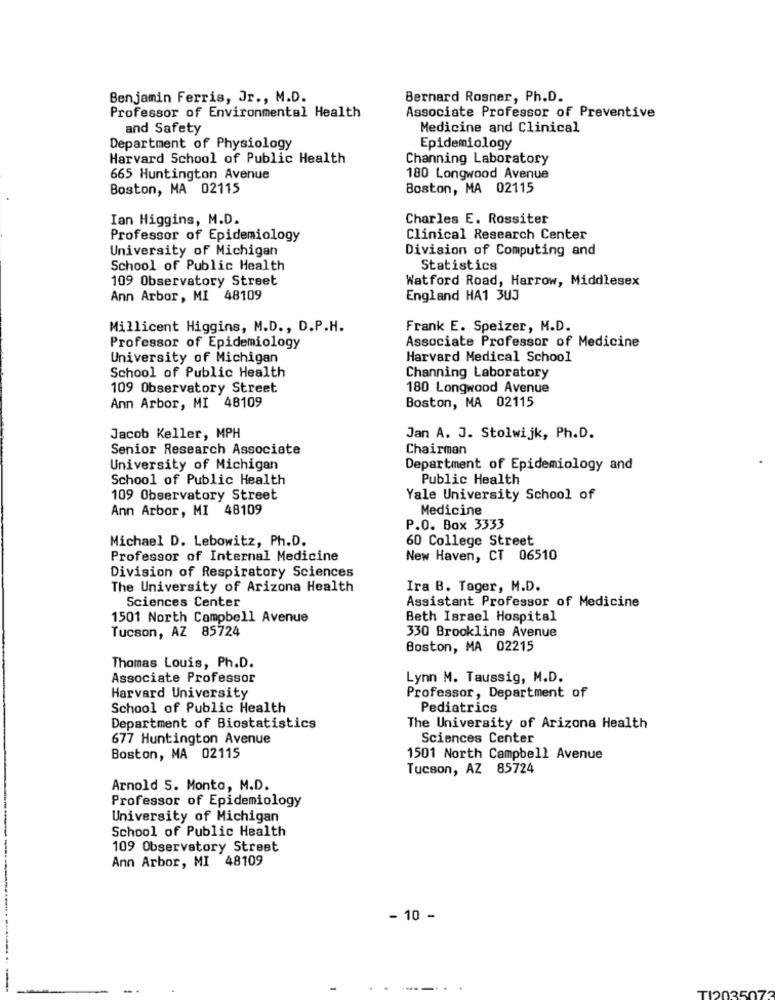
Benjamin Ferris, Jr ., M.D.
Bernard Rosner, Ph.D.
Professor of Environmental Health
Associate Professor of Preventive
and Safety
Medicine and Clinical
Department of Physiology
Epidemiology
Harvard School of Public Health
Channing Laboratory
665 Huntington Avenue
180 Longwood Avenue
Boston, MA 02115
Boston, MA 02115
Ian Higgins, M.D.
Charles E. Rossiter
Professor of Epidemiology
Clinical Research Center
University of Michigan
Division of Computing and
School of Public Health
Statistics
109 Observatory Street
Watford Road, Harrow, Middlesex
Ann Arbor, MI 48109
England HA1 3UJ
Millicent Higgins, M.D ., D.P.H.
Frank E. Speizer, M.D.
Professor of Epidemiology
Associate Professor of Medicine
University of Michigan
Harvard Medical School
School of Public Health
Channing Laboratory
109 Observatory Street
180 Longwood Avenue
Boston, MA 02115
Ann Arbor, MI 48109
Jacob Keller, MPH
Jan A. J. Stolwijk, Ph.D.
Senior Research Associate
Chairman
University of Michigan
Department of Epidemiology and
School of Public Health
Public Health
109 Observatory Street
Yale University School of
Ann Arbor, MI 48109
Medicine
P.O. Box 3333
Michael D. Lebowitz, Ph.D.
60 College Street
Professor of Internal Medicine
New Haven, CT 06510
Division of Respiratory Sciences
The University of Arizona Health
Ira B. Tager, M.D.
Sciences Center
Assistant Professor of Medicine
1501 North Campbell Avenue
Beth Israel Hospital
Tucson, AZ 85724
330 Brookline Avenue
Boston, MA 02215
Thomas Louis, Ph.D.
Associate Professor
Lynn M. Taussig, M.D.
Harvard University
Professor, Department of
School of Public Health
Pediatrics
Department of Biostatistics
The University of Arizona Health
677 Huntington Avenue
Sciences Center
Boston, MA 02115
1501 North Campbell Avenue
Tucson, AZ 85724
Arnold S. Monto, M.D.
Professor of Epidemiology
University of Michigan
School of Public Health
109 Observatory Street
Ann Arbor, MI 48109
- 10 -
TI20350